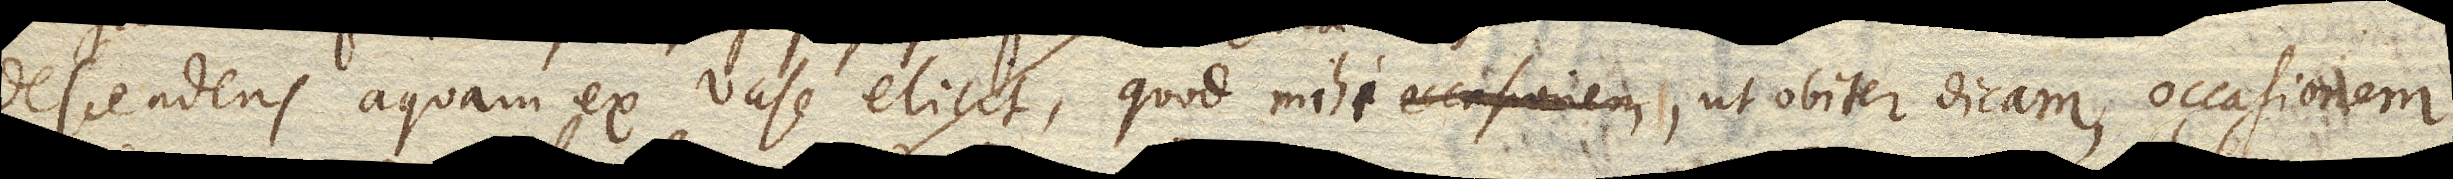
descendens aquam ex vase elicit, quod mihi, ut obiter dicam, occasionem